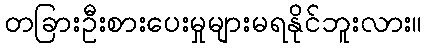
တခြားဦးစားပေးမှုများမရနိုင်ဘူးလား။